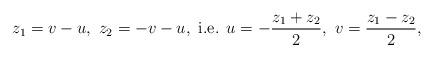
LaTeX: \begin{align*} z_1 = v -u, \ z_2 = -v - u, \mbox{ i.e. } u = -\frac{z_1 + z_2}{2}, \ v = \frac{z_1 - z_2}{2},\end{align*}